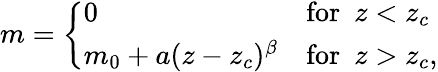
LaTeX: m=\left\{ \begin{array}{ll}{0}&{\mathrm{for}~~z<z_{c}}\\ {m_{0}+a(z-z_{c})^{\beta}}&{\mathrm{for}~~z>z_{c},}\end{array}\right.